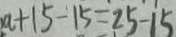
a + 1 5 - 1 5 = 2 5 - 1 5